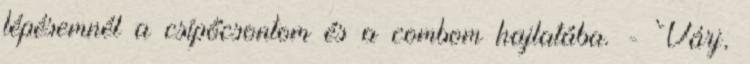
lépésemnél a csípőcsontom és a combom hajlatába. - Várj,